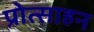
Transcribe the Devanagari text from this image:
प्रोत्साहन